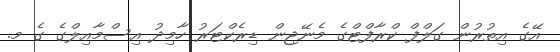
އޭގެ އިތުރުން ގަލްފް ކްރާފްޓްގެ މެނޭޖިން ޑިރެކްޓަރު ހާމިދު އިސްމާއިލްގެ ގެ މ.